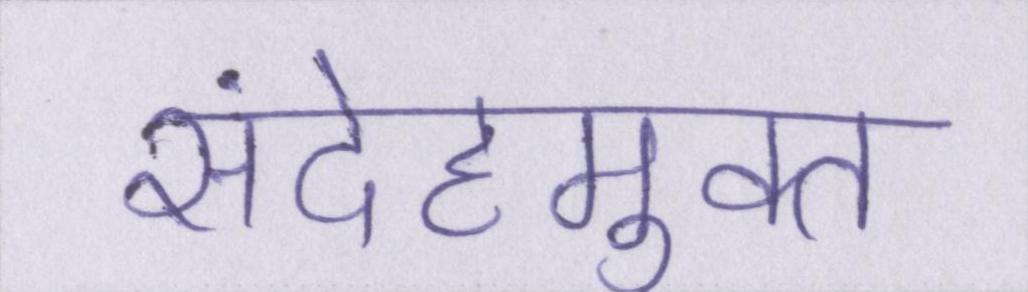
संदेहमुक्त